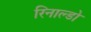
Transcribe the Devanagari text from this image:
रिनाल्डो